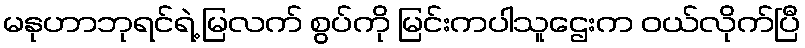
မနုဟာဘုရင်ရဲ့ မြလက် စွပ်ကို မြင်းကပါသူဌေးက ဝယ်လိုက်ပြီ